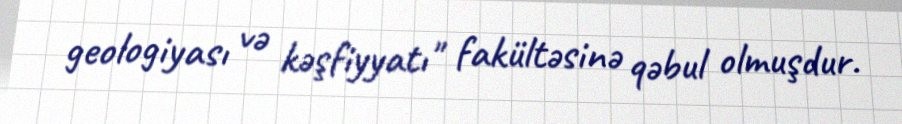
geologiyası və kəşfiyyatı" fakültəsinə qəbul olmuşdur.